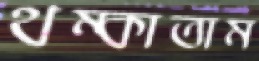
থম্‌কাতাম